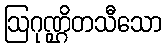
ဩဂုဏ္ဌိတသီသော